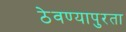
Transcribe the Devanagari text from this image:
ठेवण्यापुरता